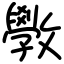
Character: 斆